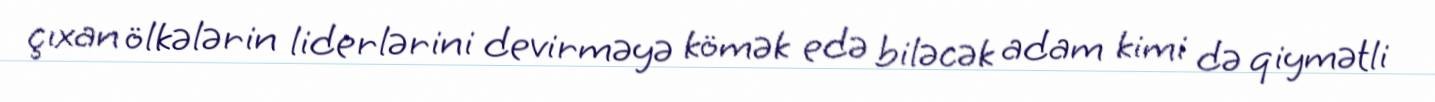
çıxan ölkələrin liderlərini devirməyə kömək edə biləcək adam kimi də qiymətli